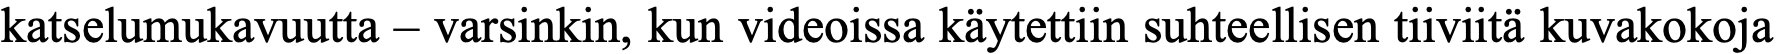
katselumukavuutta – varsinkin, kun videoissa käytettiin suhteellisen tiiviitä kuvakokoja